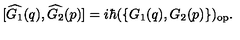
[ \widehat { G _ { 1 } } ( q ) , \widehat { G _ { 2 } } ( p ) ] = i \hbar ( \{ G _ { 1 } ( q ) , G _ { 2 } ( p ) \} ) _ { \mathrm { { o p } } } .